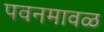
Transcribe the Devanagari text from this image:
पवनमावळ